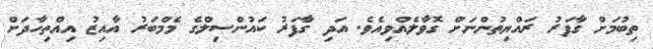
ތިބުމަށް ގާފަރު ރައްޔިތުންނަށް ގޮވާލެއްވިއެވެ. އަދި ގާފަރު ކައުންސިލްގެ މެމްބަރު އާއިޒު އިއްތިހާދަށް